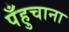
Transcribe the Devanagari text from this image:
पँहुचाना